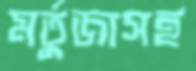
মর্তুজাসহ